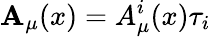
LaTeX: \mathbf{A}_{\mu}(x)=A_{\mu}^{i}(x)\tau_{i}